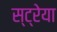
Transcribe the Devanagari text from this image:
स्ट्रेया